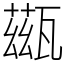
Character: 𤮀